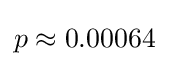
p\approx 0.00064